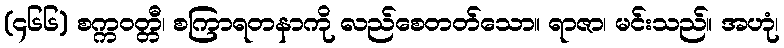
(၄၆၆) စက္ကဝတ္တီ၊ စကြာရတနာကို လည်စေတတ်သော။ ရာဇာ၊ မင်းသည်။ အဟုံ၊